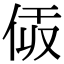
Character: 𠈯